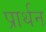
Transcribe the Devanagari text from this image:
प्रार्थन